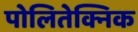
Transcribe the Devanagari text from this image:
पोलितेक्निक